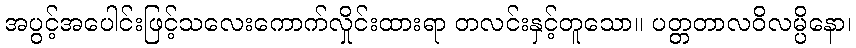
အပွင့်အပေါင်းဖြင့်သလေးကောက်လှိုင်းထားရာ တလင်းနှင့်တူသော။ ပတ္တတာလဝိလမ္ပိနော၊